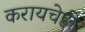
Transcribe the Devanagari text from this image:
करायचेही